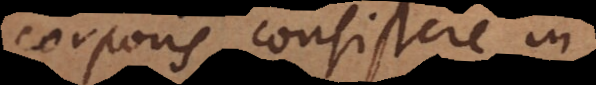
corporis consistere in